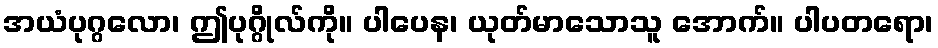
အယံပုဂ္ဂလော၊ ဤပုဂ္ဂိုလ်ကို။ ပါပေန၊ ယုတ်မာသောသူ အောက်။ ပါပတရော၊